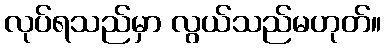
လုပ်ရသည်မှာ လွယ်သည်မဟုတ်။